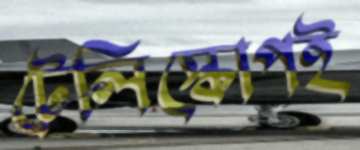
টেলিস্কোপই